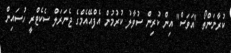
ކުރާނަންތޯ "އަވަސް" އިން ކުރިން ސުވާލު ކުރުމުން އެފްއޭއެމްގެ ޖެނަރަލް ސެކެޓްރީ ހުސައިން